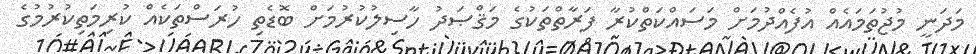
މަދަނީ މުޖުތަމައެއް އުފެއްދުމަށް މަސައްކަތްކުރާ ފަރާތްތަކުގެ މަޤްޞަދު ހާސިލުކުރުމަށް ބޮޑެތި ހުރަސްތަކެއް ކުރިމަތިކުރުމުގެ